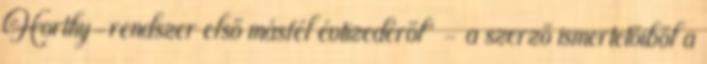
Horthy-rendszer első másfél évtizedéről" - a szerző ismertetőiből a